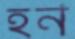
হর্ন